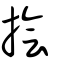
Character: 𢶒